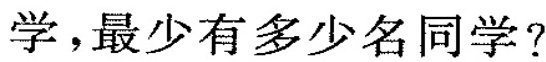
学，最少有多少名同学?